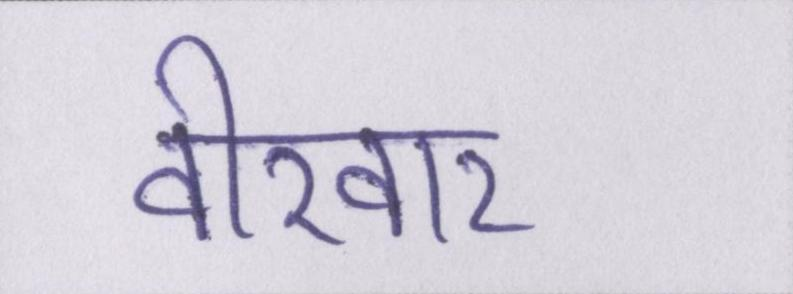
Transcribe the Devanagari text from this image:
वीरवार